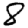
Digit: 8